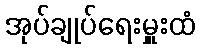
အုပ်ချုပ်ရေးမှူးထံ